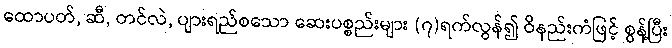
ထောပတ်, ဆီ, တင်လဲ, ပျားရည်စသော ဆေးပစ္စည်းများ (၇)ရက်လွန်၍ ဝိနည်းကံဖြင့် စွန့်ပြီး